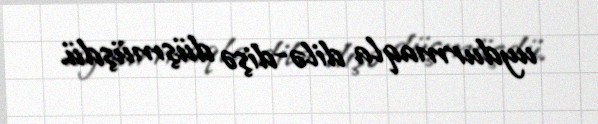
uydurmaqla dilə-dişə düşmüşdü.